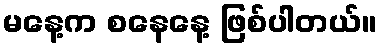
မနေ့က စနေနေ့ ဖြစ်ပါတယ်။